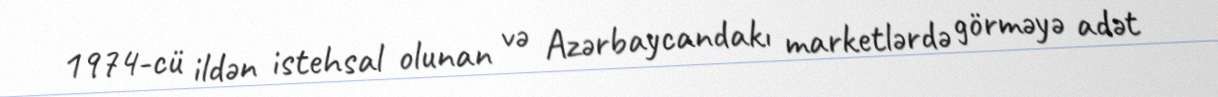
1974-cü ildən istehsal olunan və Azərbaycandakı marketlərdə görməyə adət